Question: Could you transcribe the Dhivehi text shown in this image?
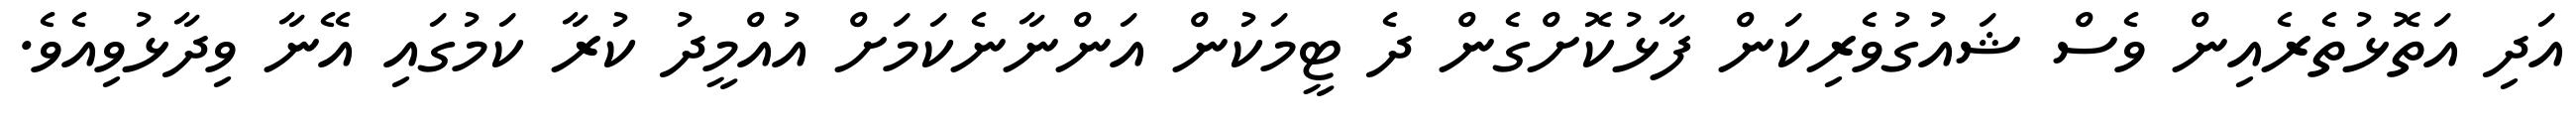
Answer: އަދި އަތޮޅުތެރެއިން ވެސް ޝައުގުވެރިކަން ފާޅުކޮށްގެން ދެ ޓީމަކުން އަންނާނެކަމަށް އުއްމީދު ކުރާ ކަމުގައި އޭނާ ވިދާޅުވިއެވެ.